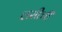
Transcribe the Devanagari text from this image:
लसीची